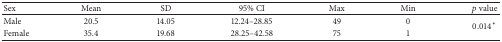
| Sex | Mean | SD | 95% CI | Max | Min | p value |
 | --- | --- | --- | --- | --- | --- | --- |
 | Male | 20.5 | 14.05 | 12.24–28.85 | 49 | 0 | <ROWSPAN=2> 0.014∗ |
 | Female | 35.4 | 19.68 | 28.25–42.58 | 75 | 1 |